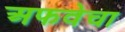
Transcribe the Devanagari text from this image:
अफवेचा